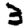
Digit: 3